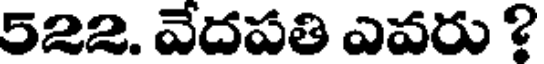
522. వేదపతి ఎవరు ?